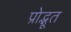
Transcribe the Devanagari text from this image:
प्रोद्भूत